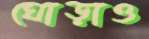
ঘোড়াও